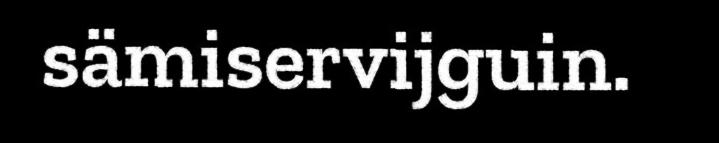
sämiservijguin.